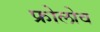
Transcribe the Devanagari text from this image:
फ्रोलोव